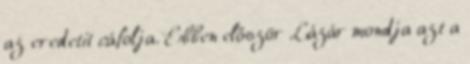
az eredetit cáfolja. Ebben először Lázár mondja azt a